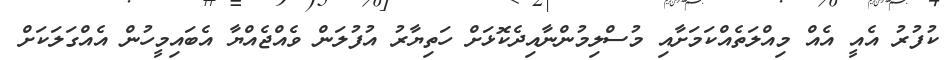
ކުފުރު އެއީ އެއް މިއްލަތެއްކަމަށާއި މުސްލިމުންނާއިދެކޮޅަށް ހަތިޔާރު އުފުލަން ވެއްޖެއްޔާ އެބައިމީހުން އެއްގަލަކަށް